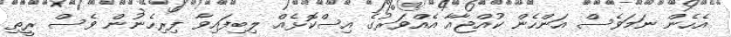
އެހެން ނަމަވެސް އަންހެން ކުއްޖާއާ އެއްވަރުގެ އިސްކޮޅެއް ލިބިފައިވާ ފިރިހެނުން ވެސް ރީތި